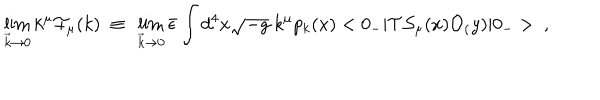
\lim _ { { \vec { k } } \rightarrow 0 } k ^ { \mu } { \cal F } _ { \mu } ( k ) ~ \equiv ~ \lim _ { { \vec { k } } \rightarrow 0 } { \bar { \epsilon } } \int d ^ { 4 } x \sqrt { - g } ~ k ^ { \mu } p _ { k } ( x ) < 0 _ { - } | { \cal T } { \cal S } _ { \mu } ( x ) { \cal O } _ { ( } y ) | 0 _ { - } > ~ ,